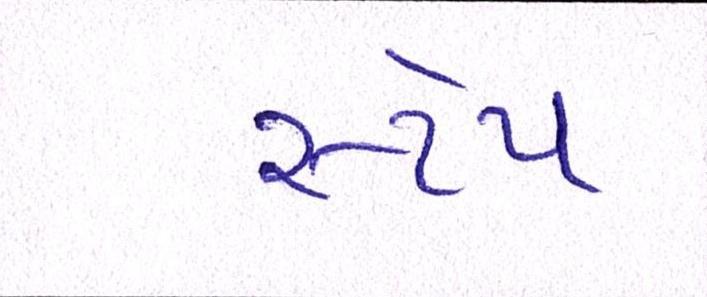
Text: સ્ટેપ